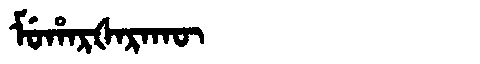
Manchu: ᠮᡠᡥᠠᡵᡧᠠᡵᠠᡴᡡ
Romanization: MUHARŠARAKŪ